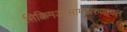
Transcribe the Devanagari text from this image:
सिक्किमआसामअरुणाचल